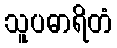
သူပဓာရိတံ